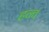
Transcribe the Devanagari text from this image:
हन्व